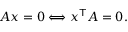
A x = 0 \Longleftrightarrow x ^ { \mathsf { T } } A = 0 .